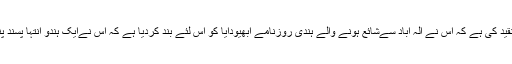
محمد علی جناح نے اس حکومتی اقدام پر تنقید کی ہے کہ اس نے الہ آباد سےشائع ہونے والے ہندی روزنامے ابھیودایا کو اس لئے بند کردیا ہے کہ اس نےایک ہندو انتہا پسند پنڈت کرشنا مالاوایا کی تقریر شائع کی ہے۔